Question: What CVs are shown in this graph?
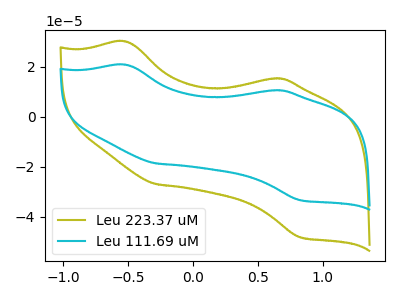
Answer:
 <answer>The olive curve is labeled "Leu 223.37 uM". The cyan curve is labeled "Leu 111.69 uM".</answer>
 <eval></eval>